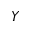
Y